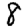
Digit: 8